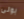
بونى